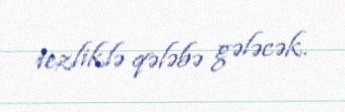
tezliklə qələbə gələcək.